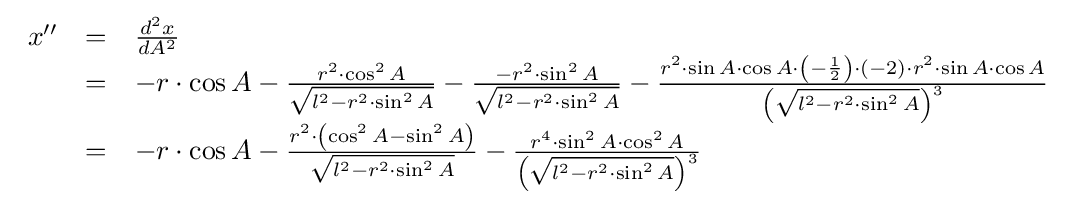
{\begin{array}{lcl}x''&=&{\frac {d^{2}x}{dA^{2}}}\\&=&-r\cdot \cos A-{\frac {r^{2}\cdot \cos ^{2}A}{\sqrt {l^{2}-r^{2}\cdot \sin ^{2}A}}}-{\frac {-r^{2}\cdot \sin ^{2}A}{\sqrt {l^{2}-r^{2}\cdot \sin ^{2}A}}}-{\frac {r^{2}\cdot \sin A\cdot \cos A\cdot \left(-{\frac {1}{2}}\right)\cdot (-2)\cdot r^{2}\cdot \sin A\cdot \cos A}{\left({\sqrt {l^{2}-r^{2}\cdot \sin ^{2}A}}\right)^{3}}}\\&=&-r\cdot \cos A-{\frac {r^{2}\cdot \left(\cos ^{2}A-\sin ^{2}A\right)}{\sqrt {l^{2}-r^{2}\cdot \sin ^{2}A}}}-{\frac {r^{4}\cdot \sin ^{2}A\cdot \cos ^{2}A}{\left({\sqrt {l^{2}-r^{2}\cdot \sin ^{2}A}}\right)^{3}}}\\\end{array}}